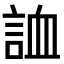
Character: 𧧓